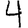
Digit: 4